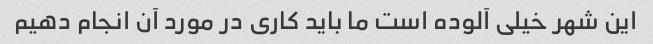
این شهر خیلی آلوده است ما باید کاری در مورد آن انجام دهیم